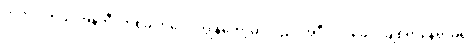
ဟုတ်ပါတယ် အန်တီ၊ တစ်ခါတလေ ကျွန်တော့်မှာလည်း အဲဒီလိုပဲ ခေါင်းချစရာနေရာမရှိ